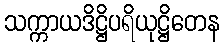
သက္ကာယဒိဋ္ဌိပရိယုဋ္ဌိတေန